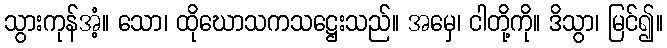
သွားကုန်အံ့။ သော၊ ထိုဃောသကသဋ္ဌေးသည်။ အမှေ၊ ငါတို့ကို။ ဒိသွာ၊ မြင်၍။